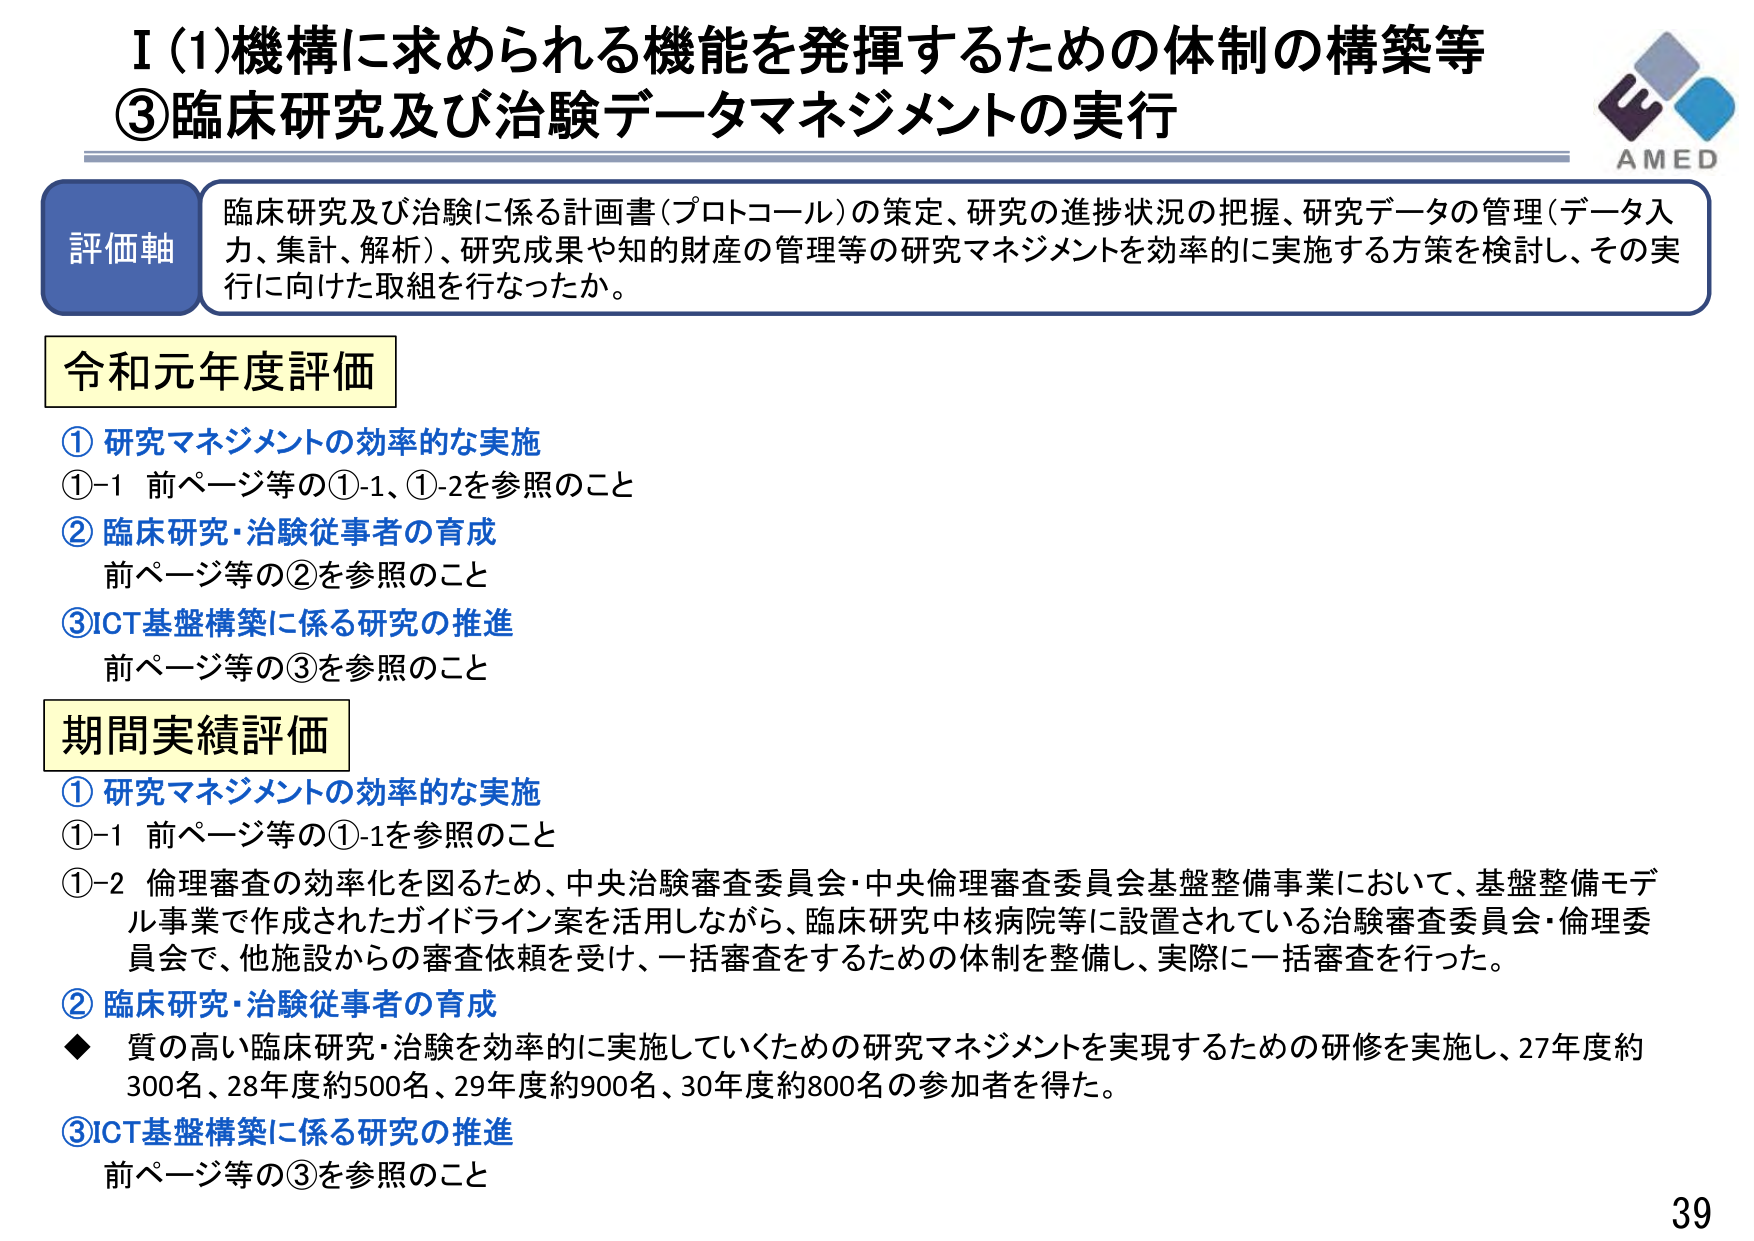
I (1) 機構に求められる機能を発揮するための体制の構築等
③ 臨床研究及び治験データマネジメントの実行

評価軸
臨床研究及び治験に係る計画書（プロトコール）の策定、研究の進捗状況の把握、研究データの管理（データ入力、集計、解析）、研究成果や知的財産の管理等の研究マネジメントを効率的に実施する方策を検討し、その実行に向けた取組を行なったか。

令和元年度評価
① 研究マネジメントの効率的な実施
①-1 前ページ等の①-1、①-2を参照のこと
② 臨床研究・治験従事者の育成
前ページ等の②を参照のこと
③ ICT基盤構築に係る研究の推進
前ページ等の③を参照のこと

期間実績評価
① 研究マネジメントの効率的な実施
①-1 前ページ等の①-1を参照のこと
①-2 倫理審査の効率化を図るため、中央治験審査委員会・中央倫理審査委員会基盤整備事業において、基盤整備モデル事業で作成されたガイドライン案を活用しながら、臨床研究中核病院等に設置されている治験審査委員会・倫理委員会で、他施設からの審査依頼を受け、一括審査をするための体制を整備し、実際に一括審査を行った。
② 臨床研究・治験従事者の育成
◆ 質の高い臨床研究・治験を効率的に実施していくための研究マネジメントを実現するための研修を実施し、27年度約300名、28年度約500名、29年度約900名、30年度約800名の参加者を得た。
③ ICT基盤構築に係る研究の推進
前ページ等の③を参照のこと

AMED
39